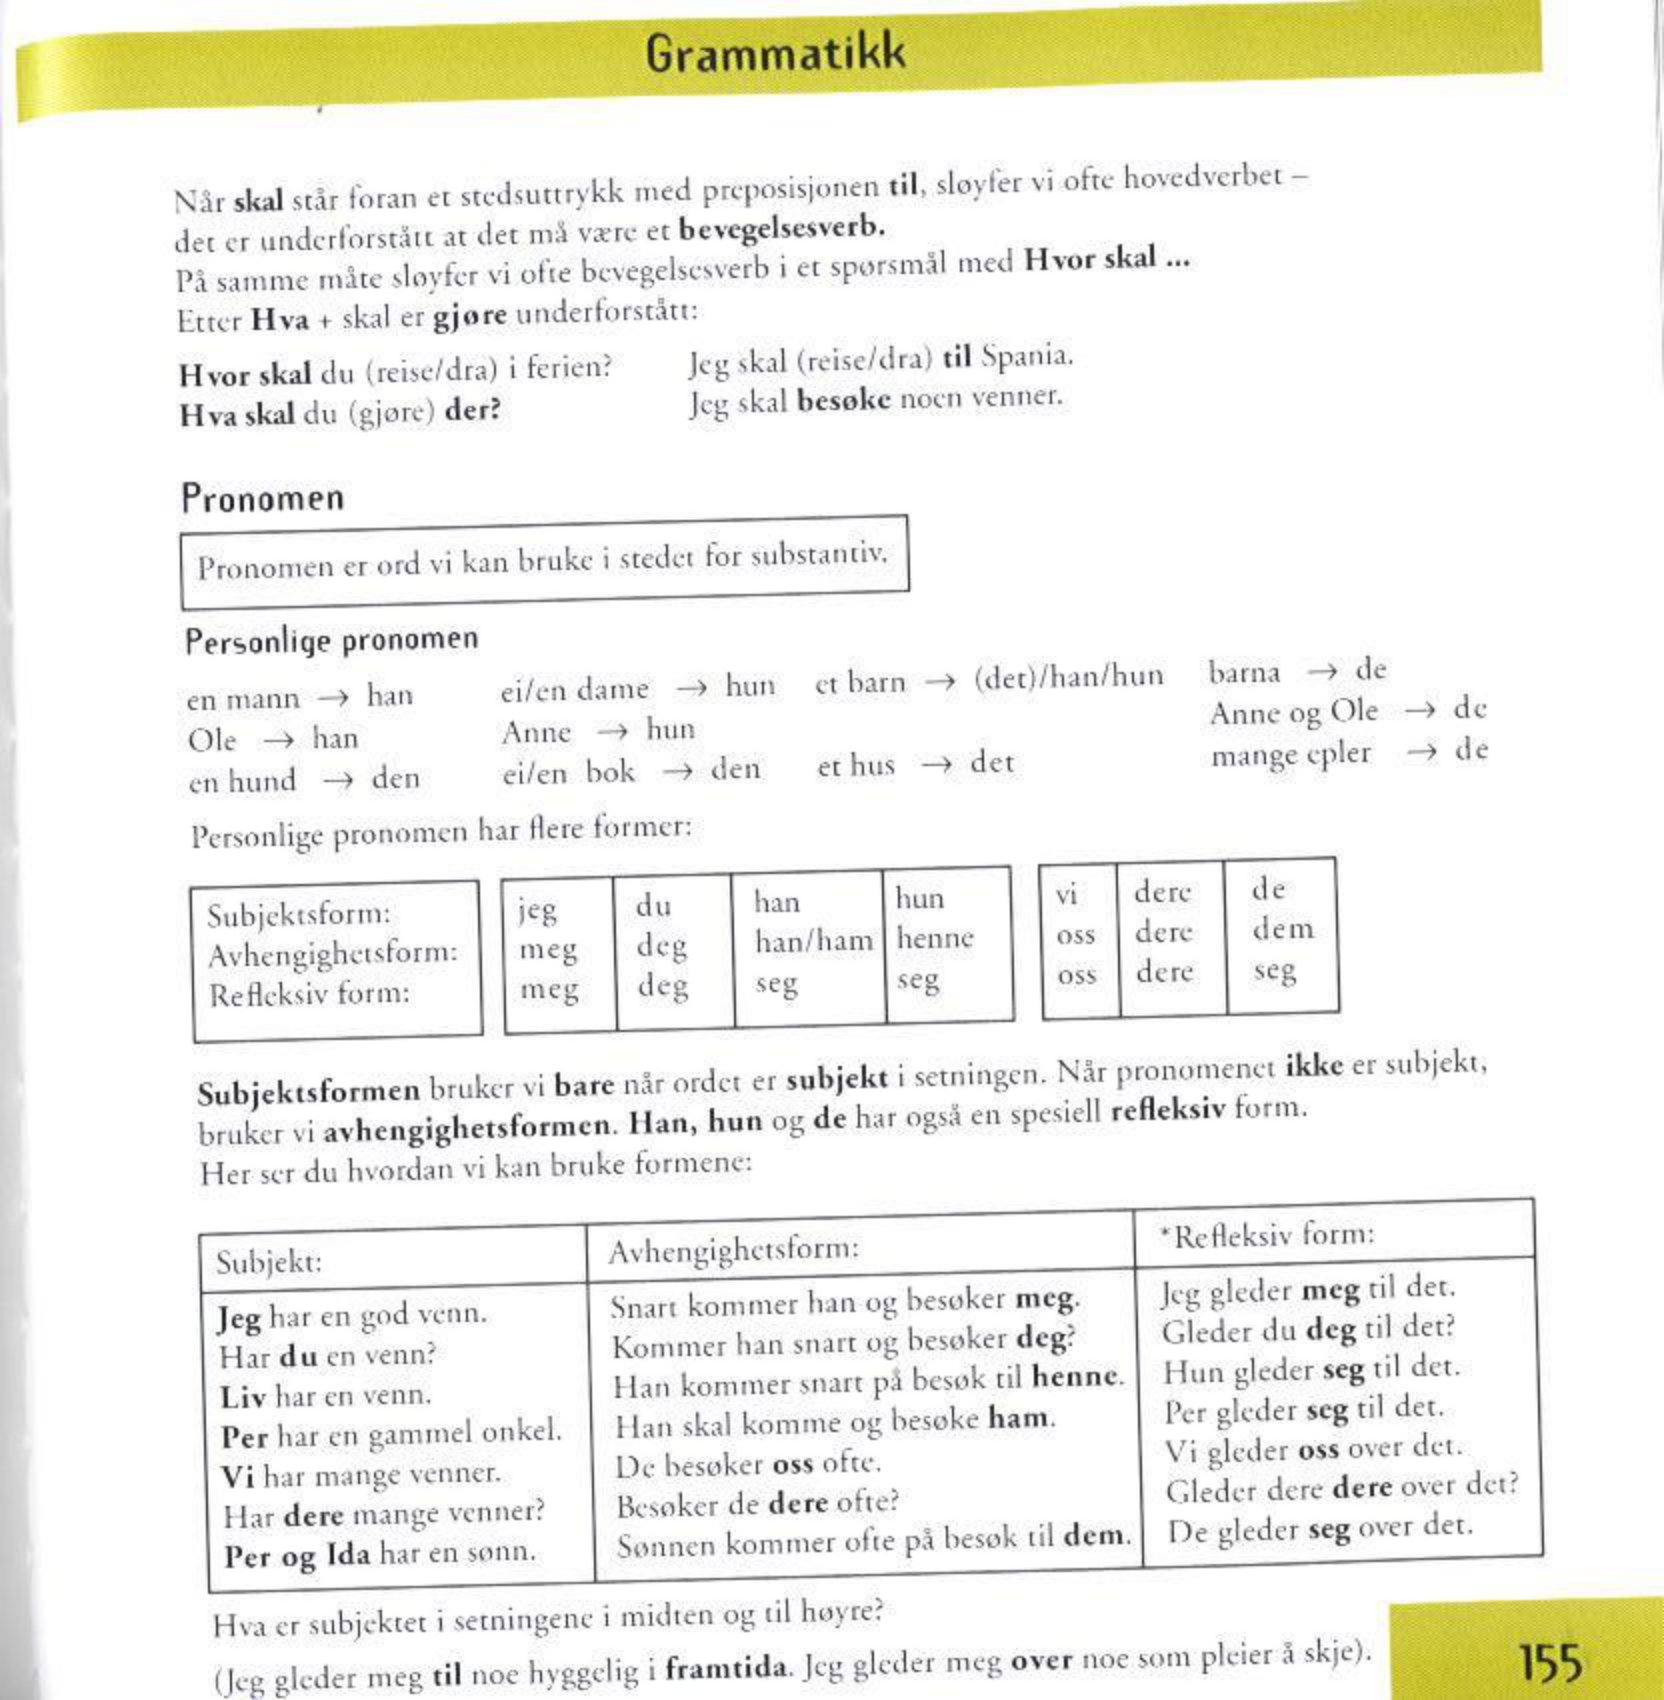
Language: no